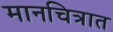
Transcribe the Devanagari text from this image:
मानचित्रात